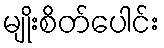
မျိုးစိတ်ပေါင်း